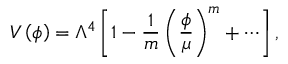
V \left( \phi \right) = \Lambda ^ { 4 } \left[ 1 - { \frac { 1 } { m } } \left( { \frac { \phi } { \mu } } \right) ^ { m } + \cdots \right] ,